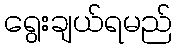
ရွေးချယ်ရမည်